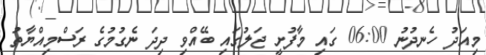
މިއަދު ހެނދުނު 06:00 ގައި މާފުށީ ޖަލުގައި ބޭއްވި ދިދަ ނެގުމުގެ ރަސްމިއްޔާތު